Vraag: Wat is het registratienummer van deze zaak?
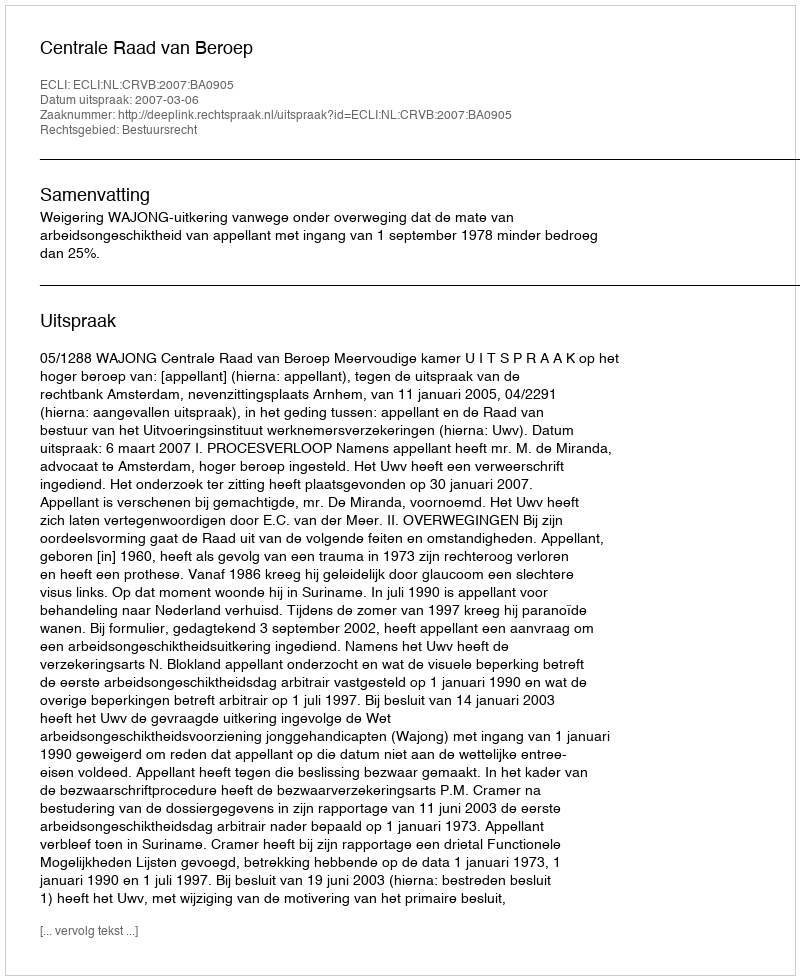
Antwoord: http://deeplink.rechtspraak.nl/uitspraak?id=ECLI:NL:CRVB:2007:BA0905